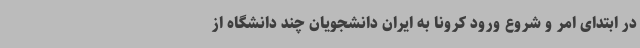
در ابتدای امر و شروع ورود کرونا به ایران دانشجویان چند دانشگاه از